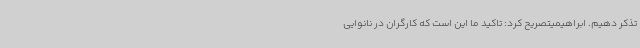
تذکر دهیم. ابراهیمیتصریح کرد: تاکید ما این است که کارگران در نانوایی